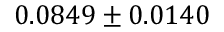
0 . 0 8 4 9 \pm 0 . 0 1 4 0